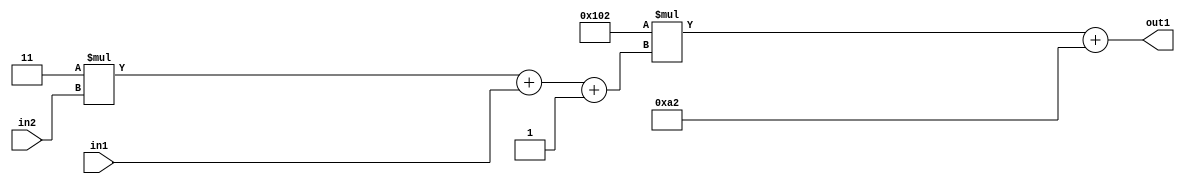
`timescale 1ps / 1ps
/*****************************************************************************
    Verilog RTL Description
    
    
    Created by: Stratus DpOpt 2019.1.01 
*******************************************************************************/

module DC_Filter_Add2i162Mul2i258Add3i1u1Mul2i3u2_4 (
	in2,
	in1,
	out1
	); /* architecture "behavioural" */ 
input [1:0] in2;
input  in1;
output [11:0] out1;
wire [11:0] asc001;
wire [3:0] asc002;

wire [3:0] asc002_tmp_0;
wire [3:0] asc002_tmp_1;
assign asc002_tmp_1 = 
	+(4'B0011 * in2);
assign asc002_tmp_0 = asc002_tmp_1
	+(in1);
assign asc002 = asc002_tmp_0
	+(4'B0001);

wire [11:0] asc001_tmp_2;
assign asc001_tmp_2 = 
	+(12'B000100000010 * asc002);
assign asc001 = asc001_tmp_2
	+(12'B000010100010);

assign out1 = asc001;
endmodule

/* CADENCE  vrTxSw0= : u9/ySgnWtBlWxVPRXgAZ4Og= ** DO NOT EDIT THIS LINE ******/